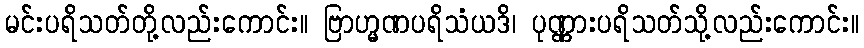
မင်းပရိသတ်တို့လည်းကောင်း။ ဗြာဟ္မဏပရိသံယဒိ၊ ပုဏ္ဏားပရိသတ်သို့လည်းကောင်း။